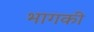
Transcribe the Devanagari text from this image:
भागकी